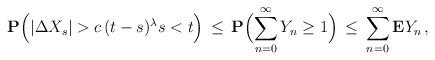
LaTeX: \begin{align*}\mathbf{P}\Big(|\Delta X_{s}|>c\,(t-s)^{\lambda}s<t\Big)\,\leq\,\mathbf{P}\Bigl(\sum_{n=0}^{\infty}Y_{n}\geq1\Bigr)\,\leq\,\sum_{n=0}^{\infty}\mathbf{E}Y_{n\,}, \end{align*}